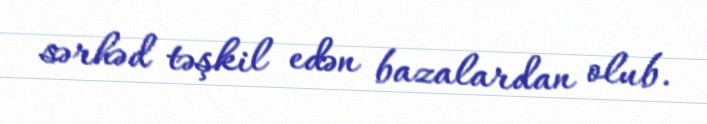
sərhəd təşkil edən bazalardan olub.